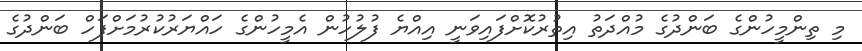
މި ތިންމީހުންގެ ބަންދުގެ މުއްދަތު އިތުރުކޮށްފައިވަނީ އިއްޔެ ފުލުހުން އެމީހުންގެ ހައްޔަރުކުރުމަށްފަހް ބަންދުގެ